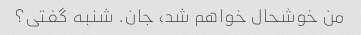
من خوشحال خواهم شد، جان. شنبه گفتی؟